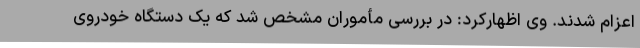
اعزام شدند. وی اظهارکرد: در بررسی مأموران مشخص شد که یک دستگاه خودروی